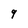
Character: 9